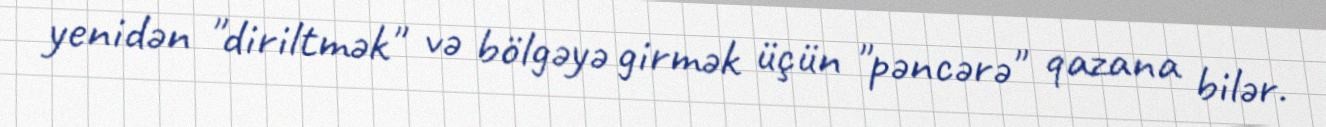
yenidən "diriltmək" və bölgəyə girmək üçün "pəncərə" qazana bilər.